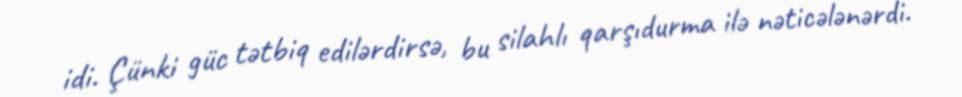
idi. Çünki güc tətbiq edilərdirsə, bu silahlı qarşıdurma ilə nəticələnərdi.